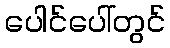
ပေါင်ပေါ်တွင်